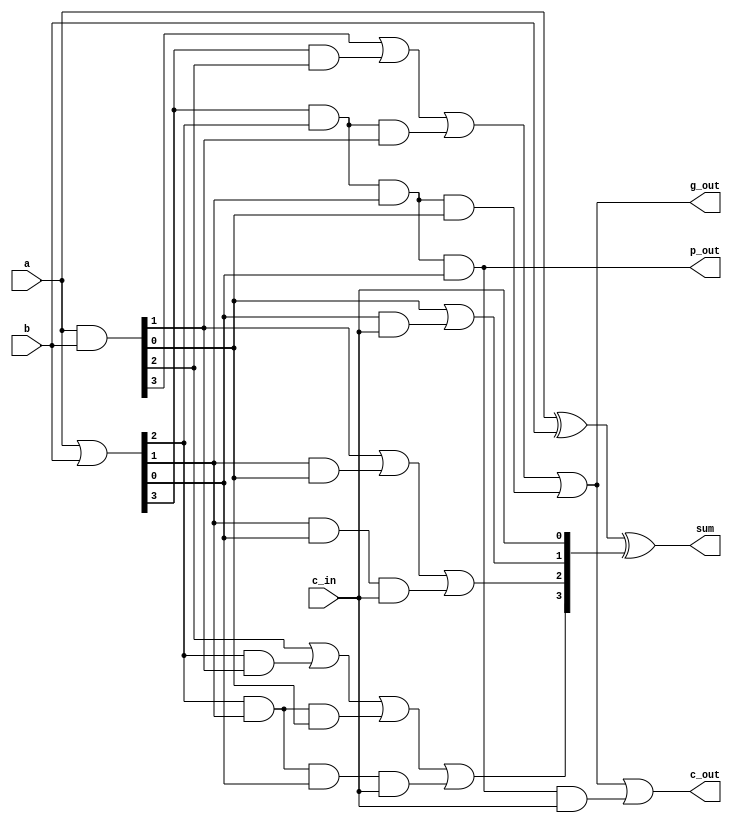
/**
 * carry_lookahead_adder_4b: 4-bit carry-lookahead adder.
 * Computes `sum` = `a` + `b`.
 * Carry-in `c_in`, carry-out `c_out`.
 * Generate signal `g_out`, propagate signal `p_out`.
 */
module carry_lookahead_adder_4b(
	input [3:0] a,
	input [3:0] b,
	output [3:0] sum,
	input c_in,
	output c_out,
	output g_out,
	output p_out
);
	wire g0, g1, g2, g3, p0, p1, p2, p3, c0, c1, c2;
	
	assign {g3, g2, g1, g0} = a & b; // gi = ai & bi
	assign {p3, p2, p1, p0} = a | b; // pi = ai | bi
	
	// Carry Lookahead
	assign c2 = g2 | (p2 & g1) | (p2 & p1 & g0) | (p2 & p1 & p0 & c_in);
	assign c1 = g1 | (p1 & g0) | (p1 & p0 & c_in);
	assign c0 = g0 | (p0 & c_in);
	
	// Generate + Propogate out
	assign p_out = p3 & p2 & p1 & p0;
	assign g_out = g3 | (p3 & g2) | (p3 & p2 & g1) | (p3 & p2 & p1 & g0);

	// Sum + Carry
	assign sum = a ^ b ^ {c2, c1, c0, c_in};
	assign c_out = g_out | (p_out & c_in);
	
endmodule


`timescale 1ns/100ps
module carry_lookahead_adder_4b_test;
	
	reg [3:0] a, b;
	reg c_in;
	wire [4:0] sum;
	wire p_out, g_out;
	
	integer i, j, k;
	
	carry_lookahead_adder_4b cla ( .a(a), .b(b), .sum(sum[3:0]), .c_in(c_in), .c_out(sum[4]), .p_out(p_out), .g_out(g_out) );
	
	initial begin
		c_in <= 0;
		for (i = 0; i < 16; i = i + 1) begin
			for (j = 0; j < 16; j = j + 1) begin
				for (k = 0; k <= 1; k = k + 1) begin
					a <= i;
					b <= j;
					c_in <= k;
					#1 $display("Test | add %0d + %0d + %0d | %0d | %0d", i, j, k, i + j + k, sum);
				end
			end
		end
		
		$finish;
	end
endmodule